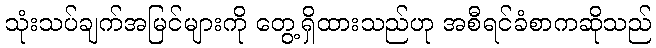
သုံးသပ်ချက်အမြင်များကို တွေ့ရှိထားသည်ဟု အစီရင်ခံစာကဆိုသည်